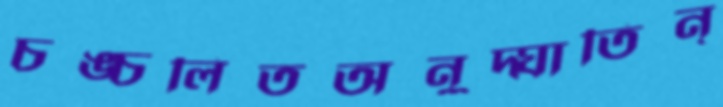
চঙ্চলিতঅনুদ্ঘাতিন্